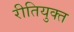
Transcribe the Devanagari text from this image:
रीतियुक्त